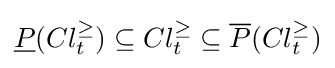
{\underline {P}}(Cl_{t}^{\geq })\subseteq Cl_{t}^{\geq }\subseteq {\overline {P}}(Cl_{t}^{\geq })